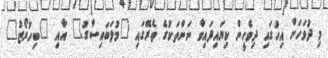
މި ދުވަހަށް އިހުގައި ދިވެހީން ކިޔައިފައިވާ ނަންތަކުގެ ތެރޭގައި "މުލަބައިސާގު" އާއި "ބިހުރޯޒު"